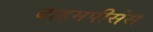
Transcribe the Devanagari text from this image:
टाइमपीसेस